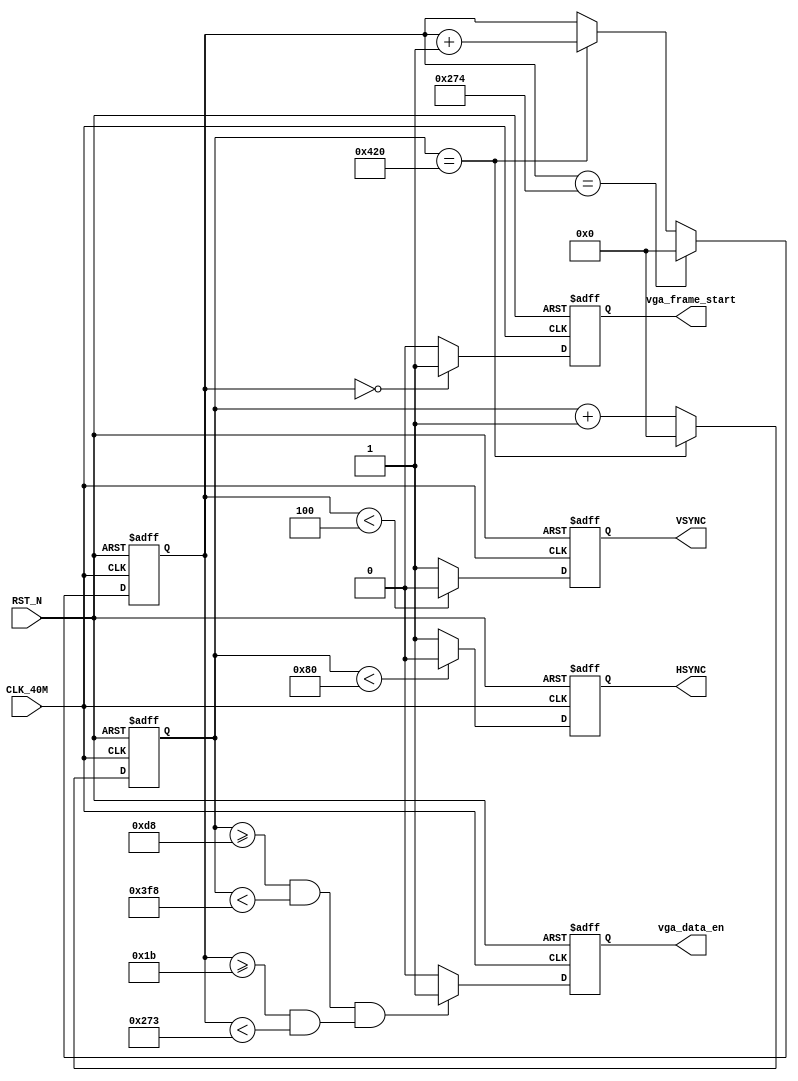
//---------------------------------------------------------------------------
//-- 		:	zircon_avalon_vga_logic.v
//-- 		:	Vga Ip
//-- 	:	2014-1-1
//-- 		:	Zircon Opto-Electronic Technology CO.,Ltd.
//---------------------------------------------------------------------------

//---------------------------------------------------------------------------
//-- VGA 800*600@60 
//-- VGA_DATA[7:0] red2,red1,red0,green2,green1,green0,blue1,blue0
//-- VGA CLOCK 40MHz.
//---------------------------------------------------------------------------

//---------------------------------------------------------------------------
//-- Horizonal timing information
//-- Sync pluse   128  a
//-- back porch   88   b
//-- active       800  c
//-- front porch  40   d
//-- All line     1056 e
//-- Vertical timing information
//-- sync pluse   4    o
//-- back porch   23   p
//-- active time  600  q
//-- front porch  1    r
//-- All lines    628  s
//---------------------------------------------------------------------------

//---------------------------------------------------------------------------
//-- Horizonal timing information
`define HSYNC_A   16'd128  // 128
`define HSYNC_B   16'd216  // 128 + 88
`define HSYNC_C   16'd1016 // 128 + 88 + 800
`define HSYNC_D   16'd1056 // 128 + 88 + 800 + 40
//-- Vertical  timing information
`define VSYNC_O   16'd4    // 4 
`define VSYNC_P   16'd27   // 4 + 23
`define VSYNC_Q   16'd627  // 4 + 23 + 600
`define VSYNC_R   16'd628  // 4 + 23 + 600 + 1
//---------------------------------------------------------------------------

module zircon_avalon_vga_logic
(
	//
	CLK_40M,RST_N,
	//
	VSYNC,HSYNC,
	//
	vga_data_en,vga_frame_start
);

//---------------------------------------------------------------------------
//--	
//---------------------------------------------------------------------------
input 				CLK_40M;					//,50M
input 				RST_N;					//,
output 				VSYNC;					//VGA
output 				HSYNC;					//VGA
output				vga_data_en;			//
output				vga_frame_start;		//
//---------------------------------------------------------------------------
//--	
//---------------------------------------------------------------------------
reg 		[15:0]	hsync_cnt;				//
reg 		[15:0]	hsync_cnt_n;			//hsync_cnt
reg 		[15:0] 	vsync_cnt;				//
reg 		[15:0] 	vsync_cnt_n;			//vsync_cnt
reg 					VSYNC;					//	
reg					VSYNC_N;					//VSYNC
reg 					HSYNC;					//
reg					HSYNC_N;					//HSYNC
reg 					vga_data_en;			//RGB		
reg 					vga_data_en_n;			//vga_data_en
reg					vga_frame_start;		//
reg					vga_frame_start_n;	//vga_frame_start

//,hsync_cnt
always @ (posedge CLK_40M or negedge RST_N)
begin
	if(!RST_N)									//
		hsync_cnt <= 16'b0;					//hsync_cnt
	else
		hsync_cnt <= hsync_cnt_n;			//hsync_cnt
end

//,
always @ (*)
begin
	if(hsync_cnt == `HSYNC_D)				//
		hsync_cnt_n = 16'b0;					//,
	else
		hsync_cnt_n = hsync_cnt + 1'b1;	//,
end

//,vsync_cnt
always @ (posedge CLK_40M or negedge RST_N)
begin
	if(!RST_N)									//
		vsync_cnt <= 16'b0;					//
	else
		vsync_cnt <= vsync_cnt_n;			//
end

//,
always @ (*)
begin
	if(vsync_cnt == `VSYNC_R)				//
		vsync_cnt_n = 16'b0;					//,
	else if(hsync_cnt == `HSYNC_D)		//
		vsync_cnt_n = vsync_cnt + 1'b1;	//,
	else
		vsync_cnt_n = vsync_cnt;			//,
end

//,HSYNC
always @ (posedge CLK_40M or negedge RST_N)
begin
	if(!RST_N)									//
		HSYNC <= 1'b0;							//HSYNC
	else
		HSYNC <= HSYNC_N;						//HSYNC
end

//HSYNC_A0,HSYNC_B+HSYNC_C+HSYNC_D1
always @ (*)
begin	
	if(hsync_cnt < `HSYNC_A)				//
		HSYNC_N = 1'b0;						//HSYNC_A,0
	else
		HSYNC_N = 1'b1;						//HSYNC_A,1
end

//,VSYNC
always @ (posedge CLK_40M or negedge RST_N)
begin
	if(!RST_N)									//
		VSYNC <= 1'b0;							//VSYNC
	else
		VSYNC <= VSYNC_N;						//VSYNC
end

//VSYNC_A0,VSYNC_P+VSYNC_Q+VSYNC_R1
always @ (*)
begin	
	if(vsync_cnt < `VSYNC_O)				//
		VSYNC_N = 1'b0;						//VSYNC_O,0
	else
		VSYNC_N = 1'b1;						//VSYNC_O,1
end

//,vga_data_en
always @ (posedge CLK_40M or negedge RST_N)
begin
	if(!RST_N)									//
		vga_data_en <= 1'b0;					//vga_data_en
	else
		vga_data_en <= vga_data_en_n;		//vga_data_en
end

//>216&&<1017&&>27&&<627
always @ (*)
begin
	if((hsync_cnt >= `HSYNC_B && hsync_cnt <`HSYNC_C) && 
		(vsync_cnt >= `VSYNC_P && vsync_cnt < `VSYNC_Q))
		vga_data_en_n = 1'b1;				//1
	else
		vga_data_en_n = 1'b0;				//0
end


//,vga_frame_start
always @ (posedge CLK_40M or negedge RST_N)
begin
	if(!RST_N)									//
		vga_frame_start <= 1'b0;			//vga_frame_start
	else
		vga_frame_start <= vga_frame_start_n;	//vga_frame_start
end

//
always @ (*)
begin
	if(vsync_cnt == 0)						//
		vga_frame_start_n = 1'b1;			//vga_frame_start_n1
	else
		vga_frame_start_n = 1'b0;			//vga_frame_start_n0
end

endmodule